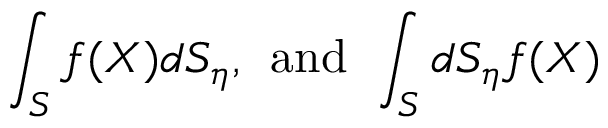
\int _ { S } f ( X ) d S _ { \eta } , \; \, \mathrm { a n d } \, \; \int _ { S } d S _ { \eta } f ( X )